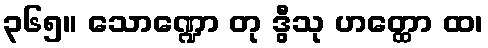
၃၆၅။ သောဏ္ဍော တု ဒွီသု ဟတ္ထော ထ၊